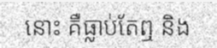
នោះ គឺធ្លាប់តែឮ និង